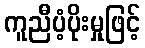
ကူညီပံ့ပိုးမှုဖြင့်